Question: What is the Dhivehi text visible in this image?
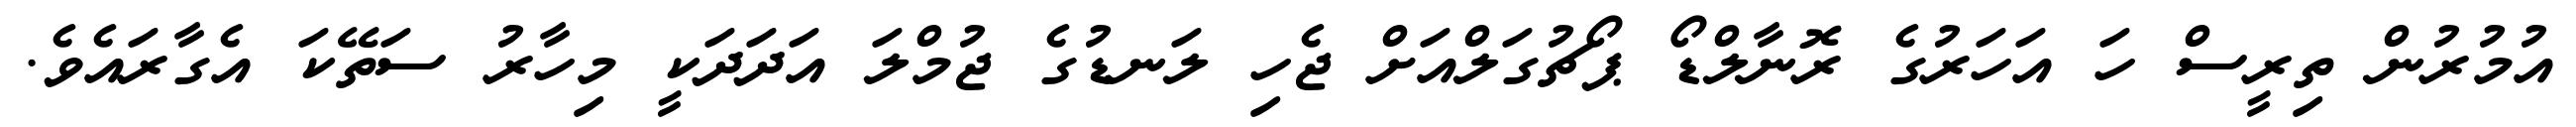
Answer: އުމުރުން ތިރީސް ހަ އަހަރުގެ ރޮނާލްޑޯ ޕޯޗުގަލްއަށް ޖެހި ލަނޑުގެ ޖުމްލަ އަދަދަކީ މިހާރު ސަތޭކަ އެގާރައެވެ.